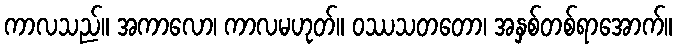
ကာလသည်။ အကာလော၊ ကာလမဟုတ်။ ဝဿသတတော၊ အနှစ်တစ်ရာအောက်။